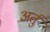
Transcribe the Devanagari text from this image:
अर्तु